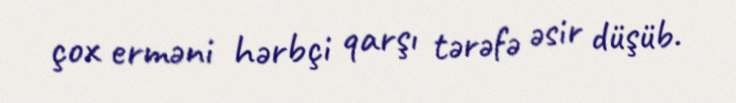
çox erməni hərbçi qarşı tərəfə əsir düşüb.